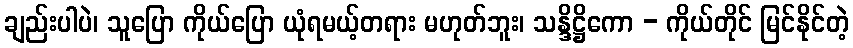
ချည်းပါပဲ၊ သူပြော ကိုယ်ပြော ယုံရမယ့်တရား မဟုတ်ဘူး၊ သန္ဒိဋ္ဌိကော - ကိုယ်တိုင် မြင်နိုင်တဲ့